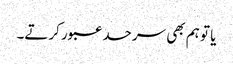
یا تو ہم بھی سرحد عبور کرتے۔